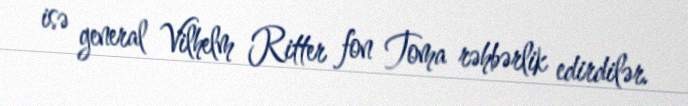
isə general Vilhelm Ritter fon Toma rəhbərlik edirdilər.